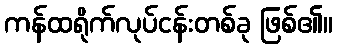
ကန်ထရိုက်လုပ်ငန်းတစ်ခု ဖြစ်၏။